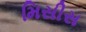
મિસીસ